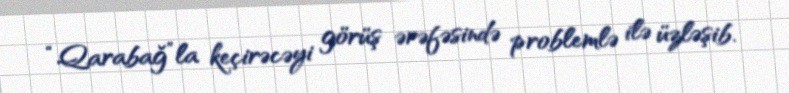
“Qarabağ”la keçirəcəyi görüş ərəfəsində problemlə ilə üzləşib.